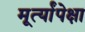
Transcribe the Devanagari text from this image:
मूर्त्यांपेक्षा